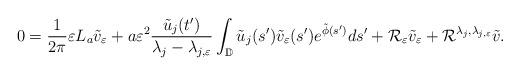
LaTeX: \begin{align*}0 = \frac{1}{2\pi} \varepsilon L_a\tilde{v}_\varepsilon + a\varepsilon^2\frac{\tilde{u}_j(t')}{\lambda_j - \lambda_{j,\varepsilon}} \int_{\mathbb{D}} \tilde{u}_j(s')\tilde{v}_\varepsilon(s')e^{\tilde{\phi}(s')}ds' + \mathcal{R}_\varepsilon \tilde{v}_\varepsilon + \mathcal{R}^{\lambda_j,\lambda_{j,\varepsilon}}\tilde{v}.\end{align*}